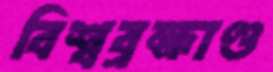
বিশ্বব্রহ্মাণ্ড